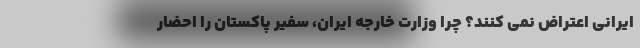
ایرانی اعتراض نمی کنند؟ چرا وزارت خارجه ایران، سفیر پاکستان را احضار